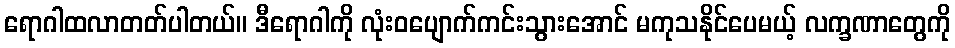
ရောဂါထလာတတ်ပါတယ်။ ဒီရောဂါကို လုံးဝပျောက်ကင်းသွားအောင် မကုသနိုင်ပေမယ့် လက္ခဏာတွေကို